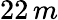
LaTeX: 22\, m